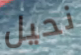
نحيل